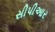
સીપીઆર